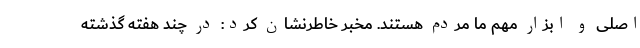
اصلی و ابزار مهم ما مردم هستند. مخبر خاطرنشان کرد: در چند هفته گذشته